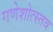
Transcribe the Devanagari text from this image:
गणेशोत्स्तव